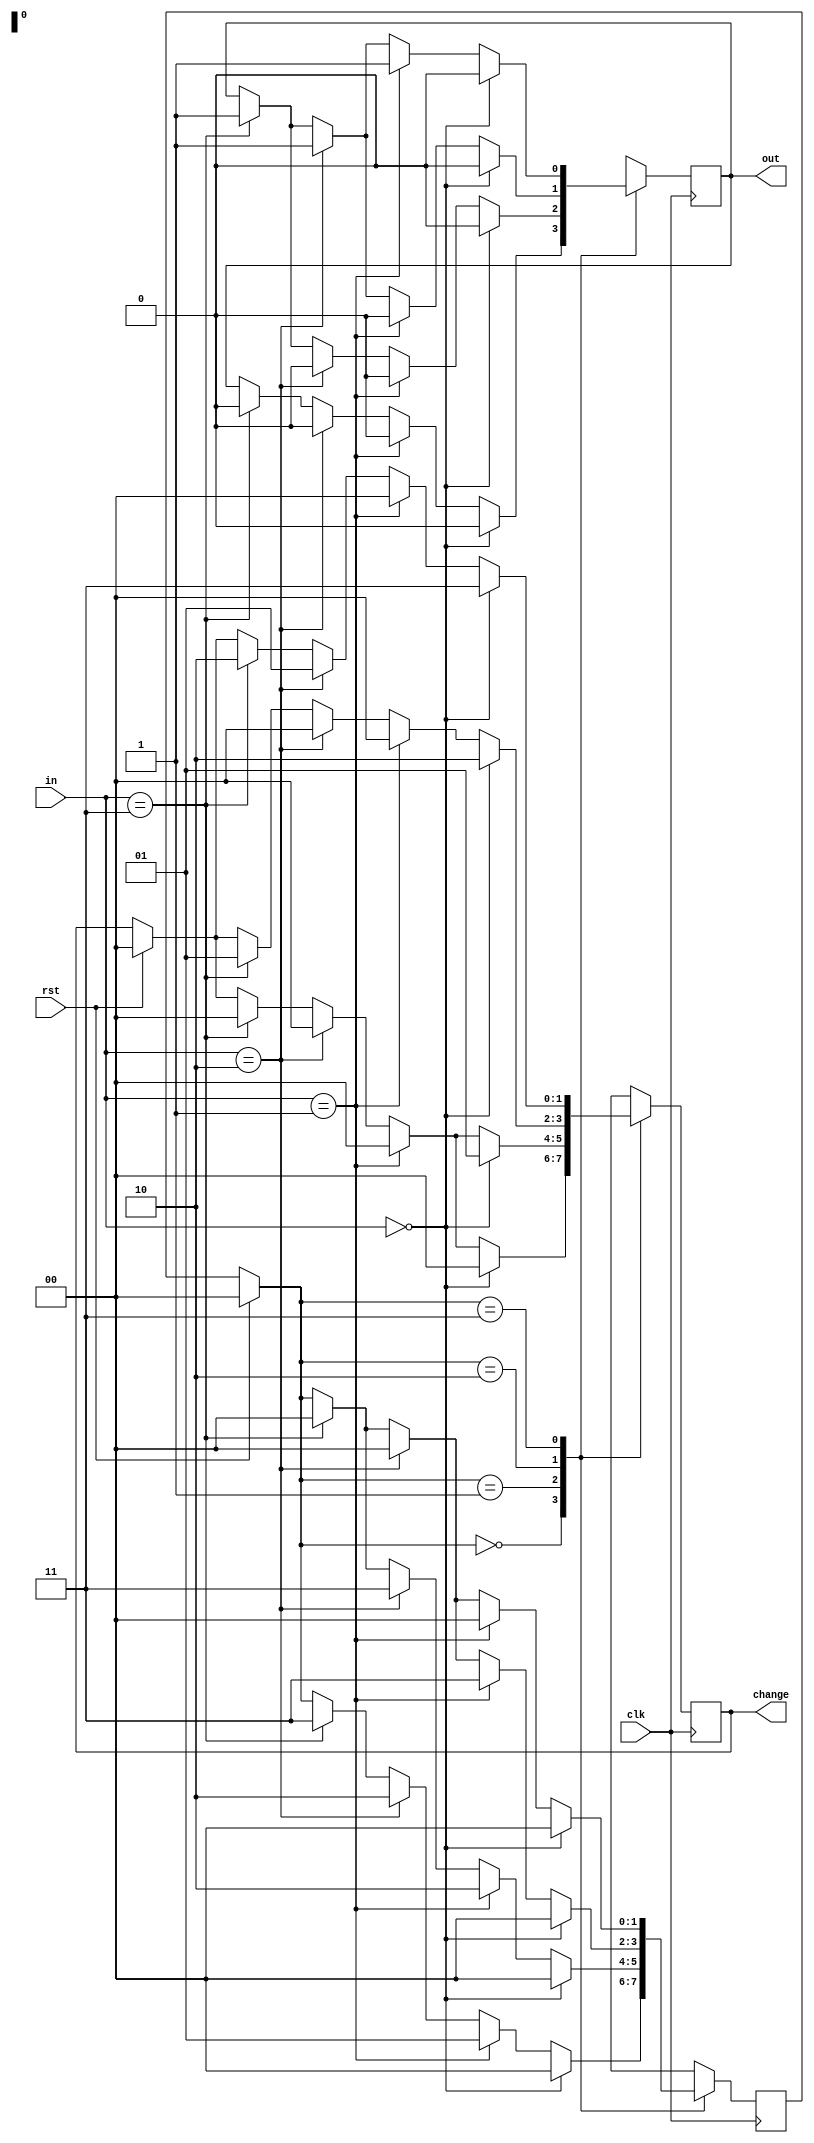
module vending_machine(
  input clk,
  input rst,
  input [1:0] in, //01 = 5 rs, 10 = 10 rs, 11 = 15 rs
  output reg out,
  output reg[1:0] change);

  parameter s0 = 2'b00;
  parameter s1 = 2'b01;
  parameter s2 = 2'b10;
  parameter s3 = 2'b11;

  reg[1:0] c_state,n_state;

  always @(posedge clk)
    begin
      if(rst == 1)
        begin
          c_state = 0;
          n_state = 0;
          change = 2'b00;
        end 
    else
      c_state = n_state;

    case(c_state)
    s0: // state 0 : 0 rs

      if(in == 0)
        begin
          n_state = s0;
          out = 0;
          change = 2'b00;
        end
      else if(in == 2'b01)
        begin
          n_state = s1;
          out = 0;
          change = 2'b00;
        end
      else if(in == 2'b10)
        begin
          n_state = s2;
          out = 0;
          change = 2'b00;
        end
      else if(in == 2'b11)
        begin
          n_state = s3;
          out = 0;
          change = 2'b00;
        end

    s1: // state 1 : 5 rs

      if(in == 0)
        begin
          n_state = s0;
          out = 0;
          change = 2'b01; // change returned 5 rs
        end
      else if(in == 2'b01)
        begin
          n_state = s2;
          out = 0;
          change = 2'b00;
        end
      else if(in == 2'b10)
        begin
          n_state = s3;
          out = 0;
          change = 2'b00;
        end
      else if(in == 2'b11)
        begin
          n_state = s0;
          out = 1; // returned a coke
          change = 2'b00;
        end

    s2: // state 2 : 10 rs

      if(in == 0)
        begin
          n_state = s0;
          out = 0;
          change = 2'b10; // change returned 10 rs
        end
      else if(in == 2'b01)
        begin
          n_state = s3;
          out = 0;
          change = 2'b00;
        end
      else if(in == 2'b10)
        begin
          n_state = s0;
          out = 1;  // returned a coke
          change = 2'b00;
        end
      else if(in == 2'b11)
        begin
          n_state = s0;
          out = 1; // change returned 5 rs and a coke
          change = 2'b01;
        end

    s3: // state 3 : 15 rs

      if(in == 0)
        begin
          n_state = s0;
          out = 0;
          change = 2'b11; // change returned 15 rs
        end
      else if(in == 2'b01)
        begin
          n_state = s0;
          out = 1;
          change = 2'b00; // returned a coke
        end
      else if(in == 2'b10)
        begin
          n_state = s0;
          out = 1;
          change = 2'b01; // change returned 5 rs and a coke
        end
      else if(in == 2'b11)
        begin
          n_state = s0;
          out = 1;
          change = 2'b10; // change returned 10 rs and a coke
        end
    endcase
  end
endmodule